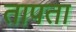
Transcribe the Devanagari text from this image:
तापता